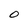
Character: O